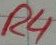
Text: R4